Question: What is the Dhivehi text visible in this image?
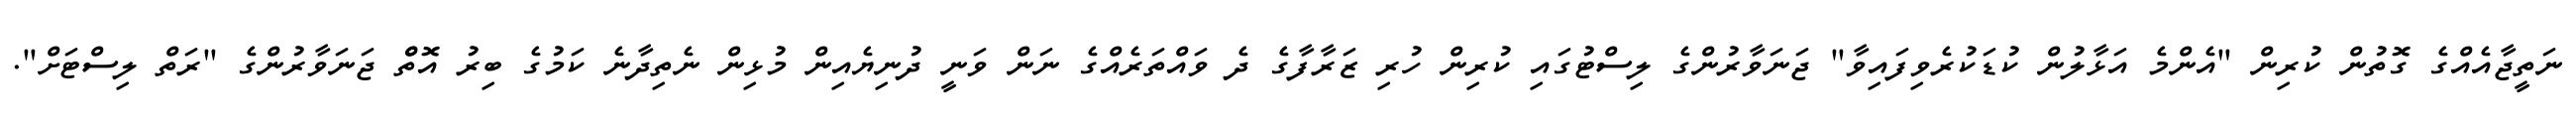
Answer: ނަތީޖާއެއްގެ ގޮތުން ކުރިން "އެންމެ އަޅާލުން ކުޑަކުރެވިފައިވާ" ޖަނަވާރުންގެ ލިސްޓުގައި ކުރިން ހުރި ޒަރާފާގެ ދެ ވައްތަރެއްގެ ނަން ވަނީ ދުނިޔެއިން މުޅިން ނެތިދާނެ ކަމުގެ ބިރު އޮތްް ޖަނަވާރުންގެ "ރަތް ލިސްޓަށް".